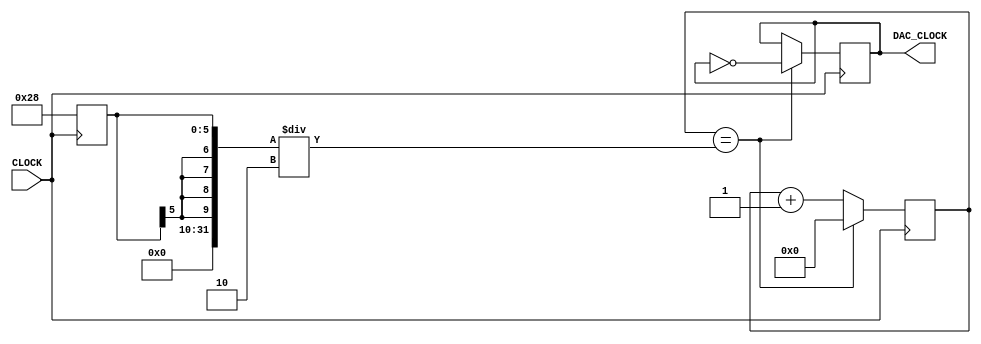
`timescale 1ns / 1ps
//////////////////////////////////////////////////////////////////////////////////
// Company: 
// Engineer: 
// 
// Design Name: 
// Module Name: DAC_clock
// Project Name: 
// Target Devices: 
// Tool Versions: 
// Description: 
// 
// Dependencies: 
// 
// Revision:
// Revision 0.01 - File Created
// Additional Comments:
// 
//////////////////////////////////////////////////////////////////////////////////


module DAC_clock(
    input CLOCK,
    output reg DAC_CLOCK
    );
    
    reg [31:0] COUNT = 0;
	 reg [31:0] MAX_COUNT = 0;
	 
	 initial
		DAC_CLOCK = 0;
    
    always @ (posedge CLOCK) begin
        MAX_COUNT <= 1000; 
        DAC_CLOCK <= (COUNT == MAX_COUNT/2) ? ~DAC_CLOCK : DAC_CLOCK;
		  COUNT <= (COUNT == MAX_COUNT/2) ? 0 : (COUNT + 1);
    end
endmodule